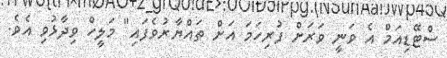
ސްޓޭޑިއަމް އެ ވަނީ ވަރަށް ފުރިހަމަ އަށް ތައްޔާރުވެފައި" މަލީހް ވިދާޅުވި އެވެ.